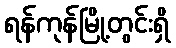
ရန်ကုန်မြို့တွင်းရှိ